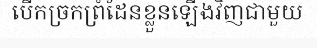
បើកច្រកព្រំដែនខ្លួនឡើងវិញជាមួយ